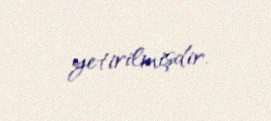
yetirilmişdir.